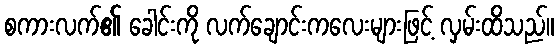
စကားလက်၏ ခေါင်းကို လက်ချောင်းကလေးများဖြင့် လှမ်းထိသည်။